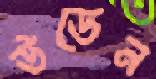
উডেন